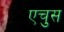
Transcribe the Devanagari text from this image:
एचुस